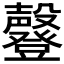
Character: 𣫤